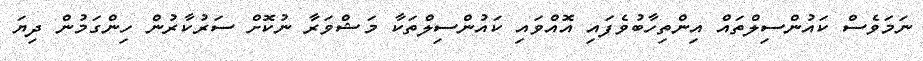
ނަމަވެސް ކައުންސިލްތައް އިންތިހާބުވެފައި އޮއްވައި ކައުންސިލްތަކާ މަޝްވަރާ ނުކޮށް ސަރުކާރުން ހިންގަމުން ދިޔަ